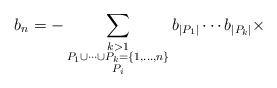
LaTeX: \begin{align*}b_n = - \sum_{\substack{k > 1 \\ P_1 \cup \cdots \cup P_k = \{1,\ldots, n\} \\ P_i }} b_{|P_1|}\cdots b_{|P_k|}\times\end{align*}